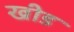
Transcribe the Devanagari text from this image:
खीड